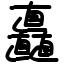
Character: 矗